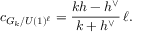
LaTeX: c _ { G _ { k } / U ( 1 ) ^ { \ell } } = \frac { k h - h ^ { \vee } } { k + h ^ { \vee } } \, \ell .